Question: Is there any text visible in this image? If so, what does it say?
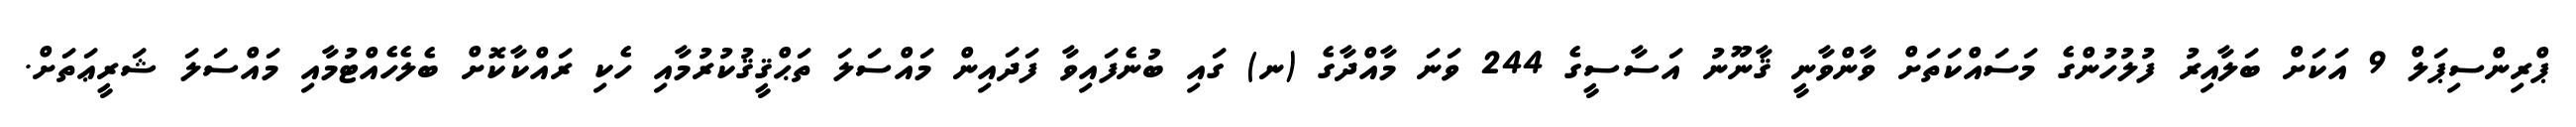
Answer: ޕްރިންސިޕަލް 9 އަކަށް ބަލާއިރު ފުލުހުންގެ މަސައްކަތަށް ވާންވާނީ ޤާނޫނު އަސާސީގެ 244 ވަނަ މާއްދާގެ (ނ) ގައި ބުނެފައިވާ ފަދައިން މައްސަލަ ތަޙްޤީޤުކުރުމާއި ހެކި ރައްކާކޮށް ބެލެހެއްޓުމާއި މައްސަލަ ޝަރީޢަތަށް.